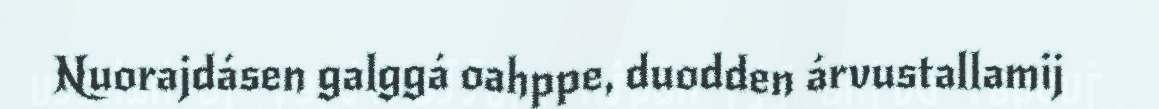
Nuorajdásen galggá oahppe, duodden árvustallamij